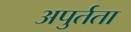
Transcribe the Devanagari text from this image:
अपुर्तता